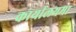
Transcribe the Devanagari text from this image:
कार्यालयमा